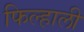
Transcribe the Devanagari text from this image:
फिल्हाली